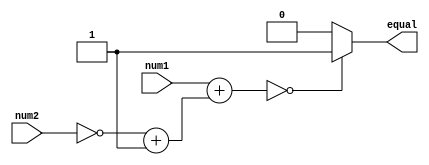
module equality_comparator (
    input [7:0] num1,
    input [7:0] num2,
    output reg equal
);

reg [15:0] result;

always @* begin
    result = num1 + (~num2 + 1); // subtract num2 from num1
    if (result == 0)
        equal = 1;
    else
        equal = 0;
end

endmodule